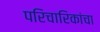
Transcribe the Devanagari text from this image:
परिचारिकांचा